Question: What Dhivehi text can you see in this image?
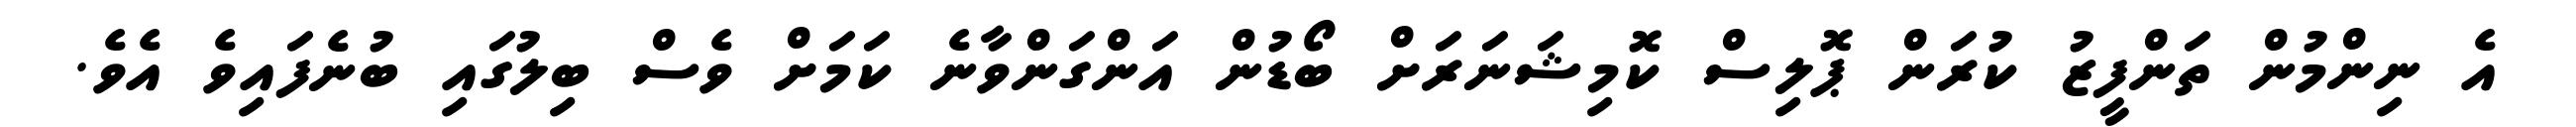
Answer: އެ ނިންމުން ތަންފީޒު ކުރަން ޕޮލިސް ކޮމިޝަނަރަށް ބޯޑުން އަންގަންވާނެ ކަމަށް ވެސް ބިލުގައި ބުނެފައިވެ އެވެ.